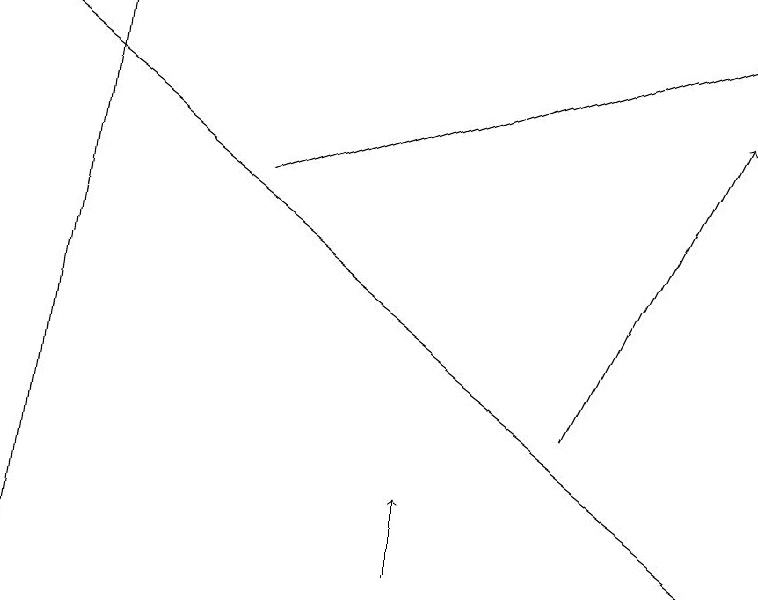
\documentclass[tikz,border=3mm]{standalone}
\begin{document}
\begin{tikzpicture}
\draw[->] (7,14) -- (9,18);
\draw[->] (5,12) -- (5,13);
\draw[->] (0,12) -- (1,19);
\draw[->] (9,12) -- (0,19);
\draw[->] (3,17) -- (9,19);
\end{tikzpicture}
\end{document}